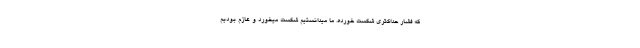
که فشار حدّاکثری شکست خورده. ما میدانستیم شکست میخورد و عازم بودیم